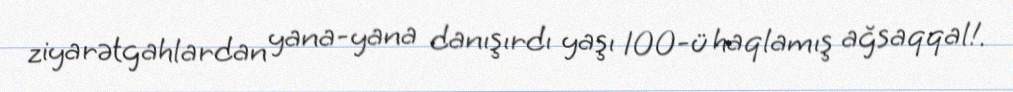
ziyarətgahlardan yana-yana danışırdı yaşı 100-ü haqlamış ağsaqqal!.